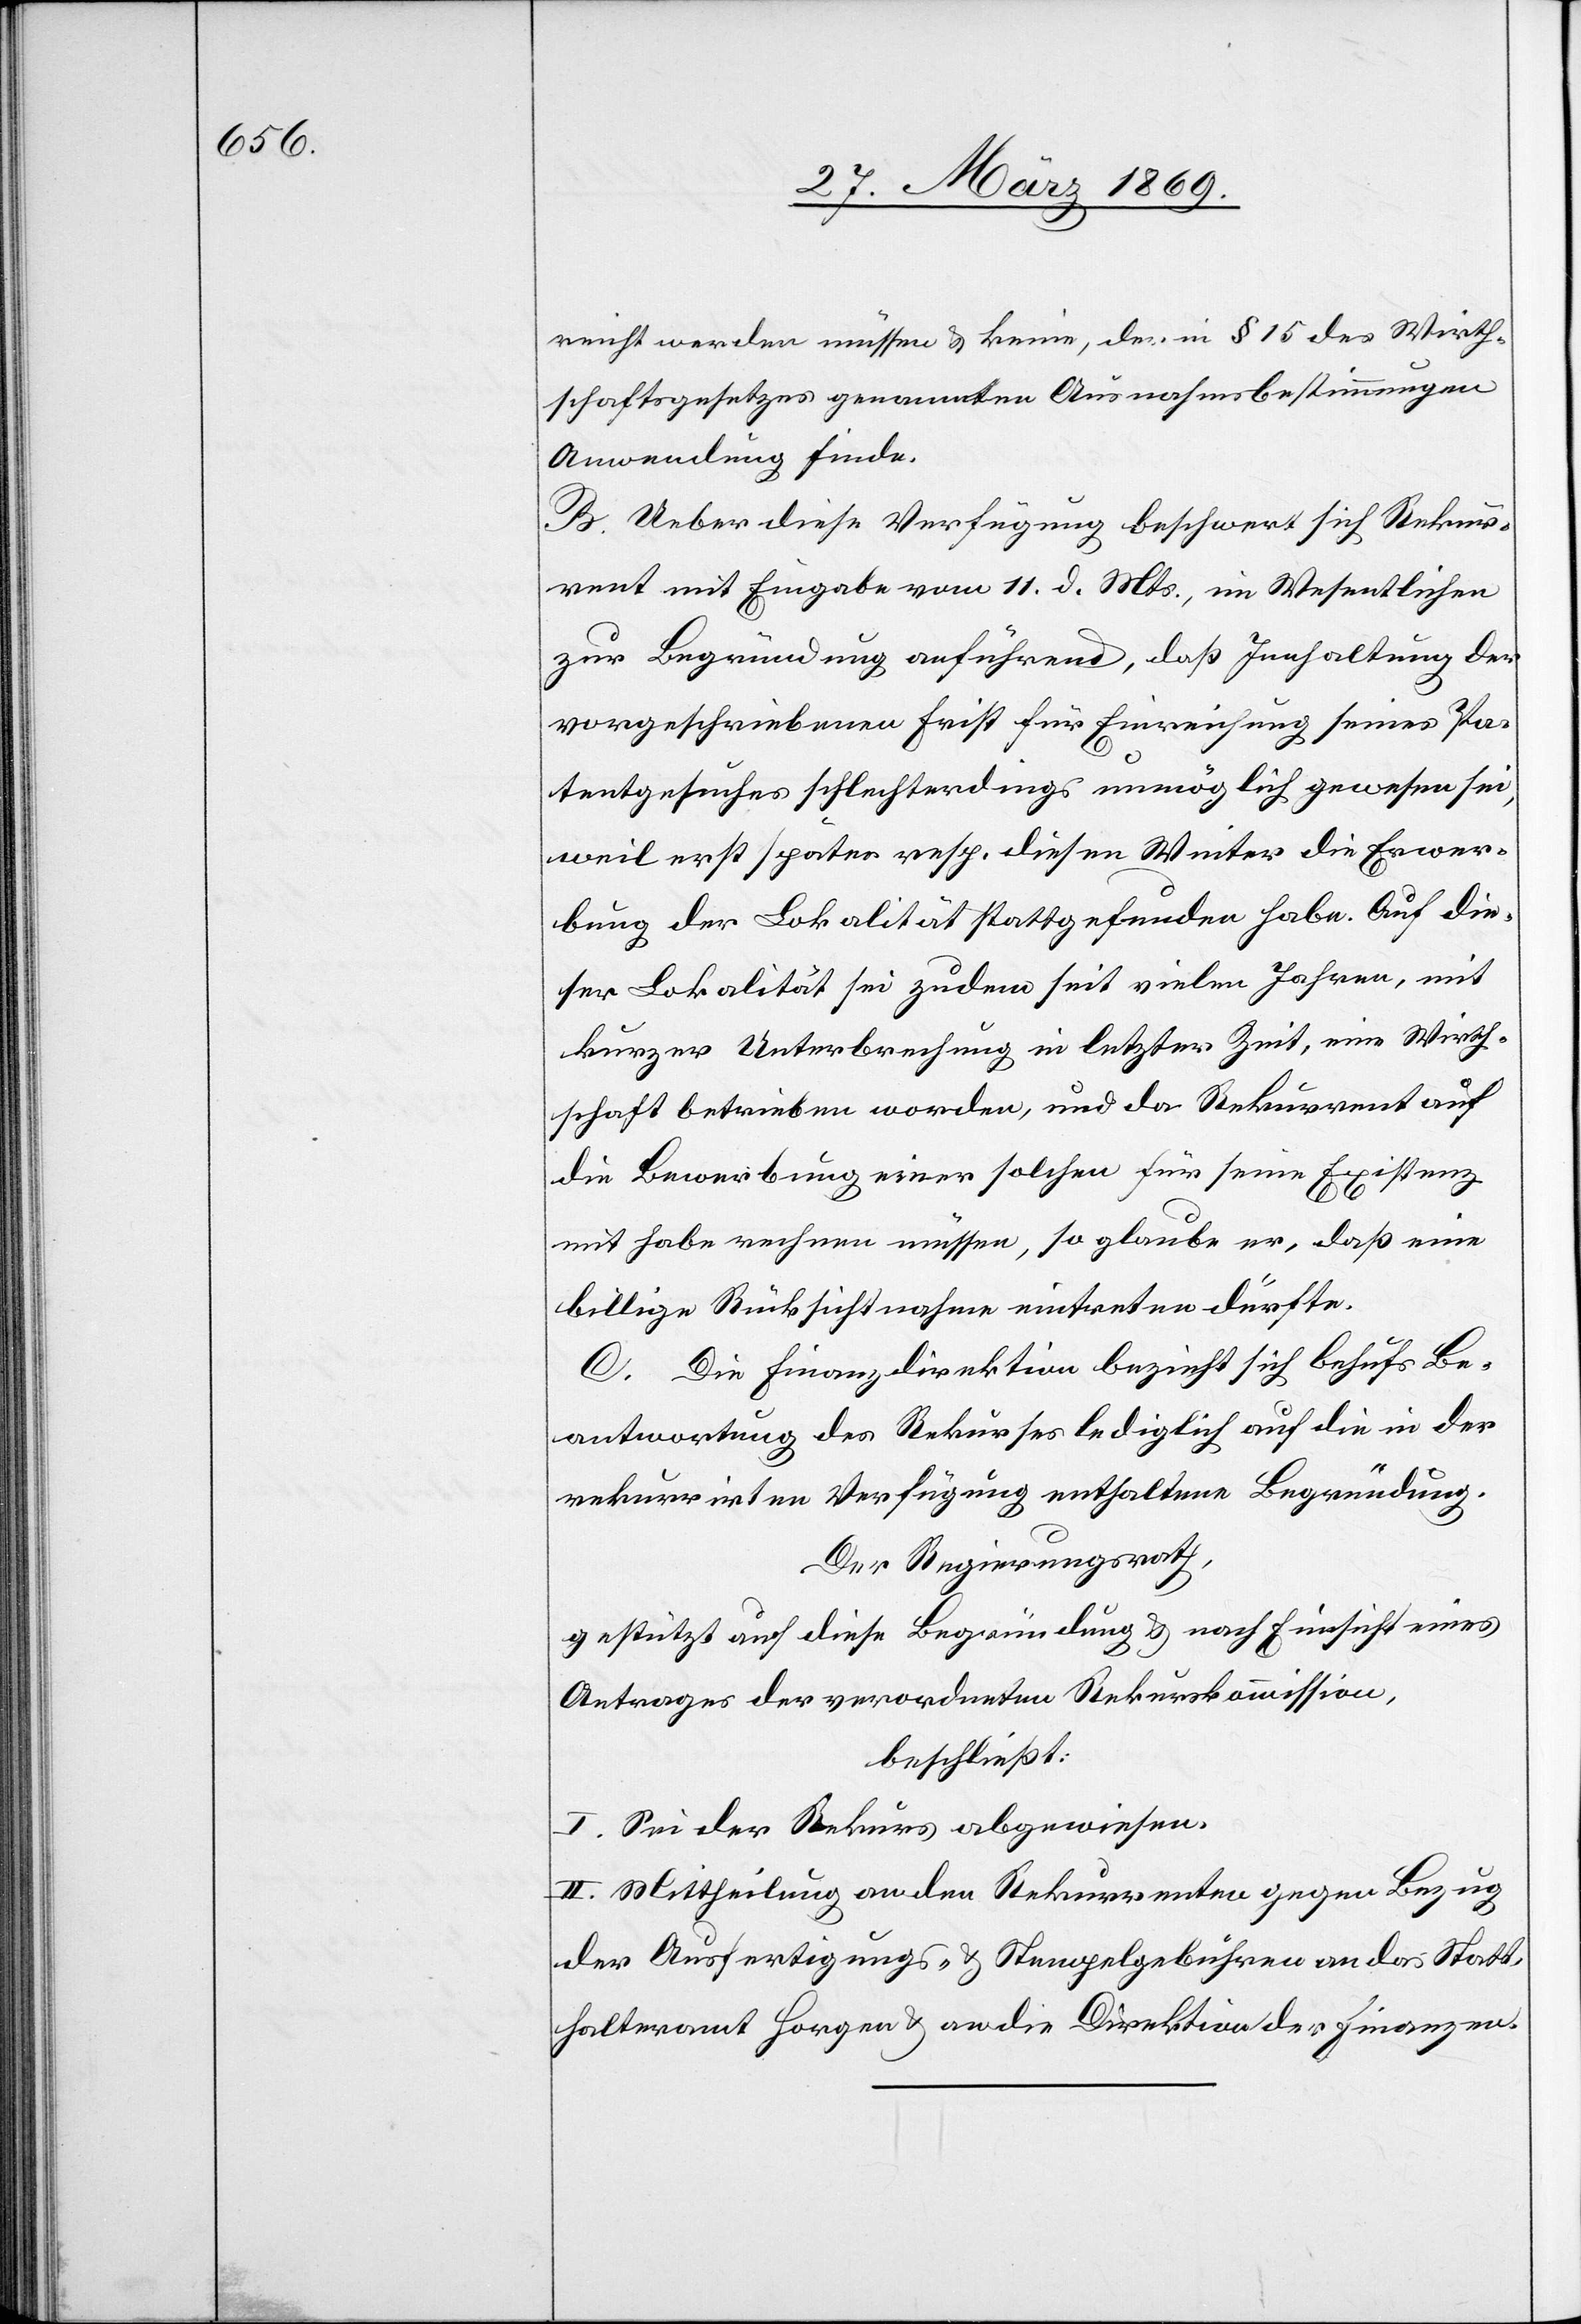
reicht werden müssen u. keine, der in § 15 des Wirth¬
schaftsgesetzes genannten Ausnahmsbestimmungen
Anwendungen finde.
B. Ueber diese Verfügung beschwert sich Rekur¬
rent mit Eingabe vom 11. d. Mts., im Wesentlichen
zur Begründung anführend, daß Innhaltung der
vorgeschriebenen Frist für Einreichung seines Pa¬
tentgesuches schlechterdings unmöglich gewesen sei,
weil erst später resp. diesen Winter die Erwer¬
bung der Lokalität stattgefunden habe. Auf die¬
ser Lokalität sei zudem seit vielen Jahren, mit
kurzer Unterbrechung in letzter Zeit, eine Wirth¬
schaft betrieben worden, und da Rekurrent auf
die Bewerbung einer solchen für seine Existenz
mit habe rechnen müssen, so glaube er, daß eine
billige Rücksichtnahme eintreten dürfte.
C. Die Finanzdirektion bezieht sich behufs Be¬
antwortung des Rekurses lediglich auf die in der
rekurrirten Verfügung enthaltene Begründung.
Der Regierungsrath,
gestützt auf diese Begründung u. nach Einsicht eines
Antrages der verordneten Rekurskommission,
beschließt:
I. Sei der Rekurs abgewiesen.
II. Mittheilung an den Rekurrenten gegen Bezug
der Ausfertigungs- u. Stempelgebühren an das Statt¬
halteramt Horgen u. an die Direktion der Finanzen.